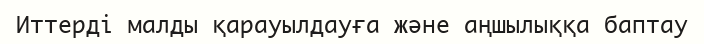
Иттерді малды қарауылдауға және аңшылыққа баптау